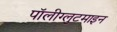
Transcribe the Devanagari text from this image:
पॉलीग्लुटमाइन